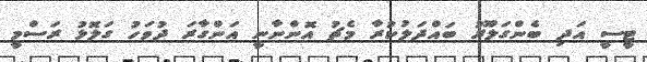
ޓީސީ އަދި ބެންގަލޫރު ބައްދަލުކުރާ މެޗު އޮންނާނީ އަންގާރަ ދުވަހު ގަލޮޅު ރަސްމީ